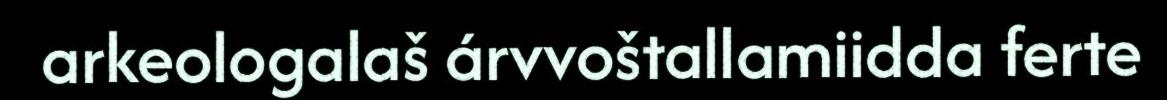
arkeologalaš árvvoštallamiidda ferte